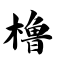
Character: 橹